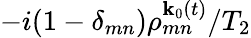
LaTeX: -i(1-\delta_{mn})\rho_{mn}^{\textbf{k}_{0}(t)}/T_{2}